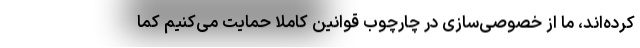
کرده‌اند، ما از خصوصی‌سازی در چارچوب قوانین کاملاً حمایت می‌کنیم کما